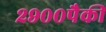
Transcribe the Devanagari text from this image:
२९००पैकी